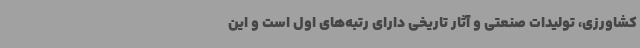
کشاورزی، تولیدات صنعتی و آثار تاریخی دارای رتبه‌های اول است و این